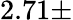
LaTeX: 2.71\pm